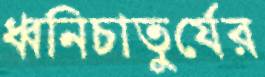
ধ্বনিচাতুর্যের